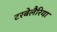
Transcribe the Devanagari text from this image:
टरबेलैरिया